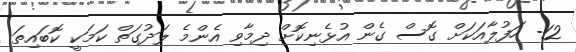
12- ހަފުލާއަކަށް ގޮސް ގެން އުޅެނިކޮށް ދިމާވި އެންމެ ލަދުގަތް ކަމަކީ ކޮބައިތަ